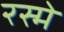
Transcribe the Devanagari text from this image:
रस्मे